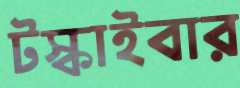
টস্‌কাইবার